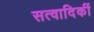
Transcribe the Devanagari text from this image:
सत्वादिकीं